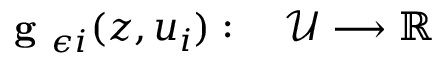
\begin{array} { r l } { \textbf { g } _ { \epsilon i } ( z , u _ { i } ) : \; } & { { } \mathcal { U } \longrightarrow \mathbb { R } } \end{array}